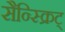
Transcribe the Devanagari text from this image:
सैन्स्क्रिट्